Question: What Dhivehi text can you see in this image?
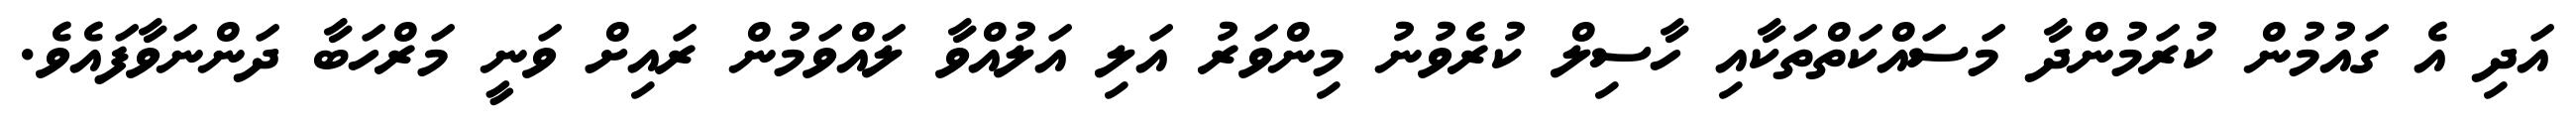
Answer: އަދި އެ ގައުމުން ކުރަމުންދާ މަސައްކަތްތަކާއި ހާސިލް ކުރެވުނު މިންވަރު އަލި އަލުއްވާ ލައްވަމުން ރައިށް ވަނީ މަރްހަބާ ދަންނަވާފައެވެ.